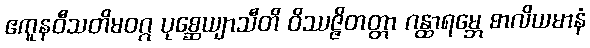
ဧကူနဝီသတိမဝဂ္ဂ ပုစ္ဆေယျာသီတိ ဝိဿဇ္ဇိတတ္တာ ဂန္ထာရမ္ဘေ စာလိယမာနံ